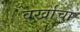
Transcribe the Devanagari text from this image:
वर्खाचा